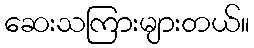
ဆေးသကြားများတယ်။